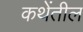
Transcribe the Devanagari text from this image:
कथेंतील